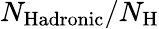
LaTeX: N_{\mathrm{Hadronic}}/N_{\mathrm{H}}